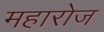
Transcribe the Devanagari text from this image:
महारोज